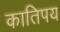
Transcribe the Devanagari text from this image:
कातिपय